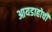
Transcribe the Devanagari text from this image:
आयडाहोची